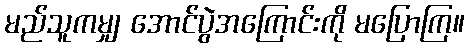
မည်သူကမျှ အောင်ပွဲအကြောင်းကို မပြောကြ။